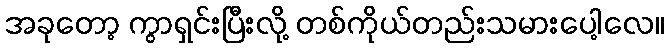
အခုတော့ ကွာရှင်းပြီးလို့ တစ်ကိုယ်တည်းသမားပေါ့လေ။